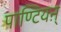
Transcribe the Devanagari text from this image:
पाण्टियऩ्